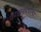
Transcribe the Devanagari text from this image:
काझनमधल्या